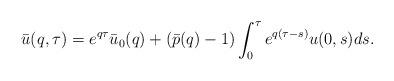
LaTeX: \begin{align*}\bar u(q,\tau) = e^{q\tau}\bar u_0(q)+(\bar p(q)-1)\int_0^\tau e^{q(\tau-s)}u(0,s)ds.\end{align*}